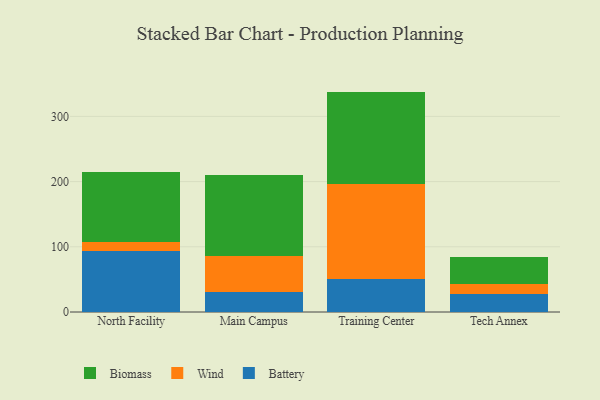
{"axis": {"x": "Campus", "y": "Inventory Turnover"}, "legend": ["Battery", "Biomass", "Wind"], "data": [{"x": "North Facility", "y": 94.2, "type": "Battery"}, {"x": "North Facility", "y": 12.7, "type": "Wind"}, {"x": "North Facility", "y": 108.3, "type": "Biomass"}, {"x": "Main Campus", "y": 30.5, "type": "Battery"}, {"x": "Main Campus", "y": 55.0, "type": "Wind"}, {"x": "Main Campus", "y": 124.8, "type": "Biomass"}, {"x": "Training Center", "y": 51.2, "type": "Battery"}, {"x": "Training Center", "y": 144.4, "type": "Wind"}, {"x": "Training Center", "y": 142.4, "type": "Biomass"}, {"x": "Tech Annex", "y": 28.3, "type": "Battery"}, {"x": "Tech Annex", "y": 14.4, "type": "Wind"}, {"x": "Tech Annex", "y": 41.7, "type": "Biomass"}]}